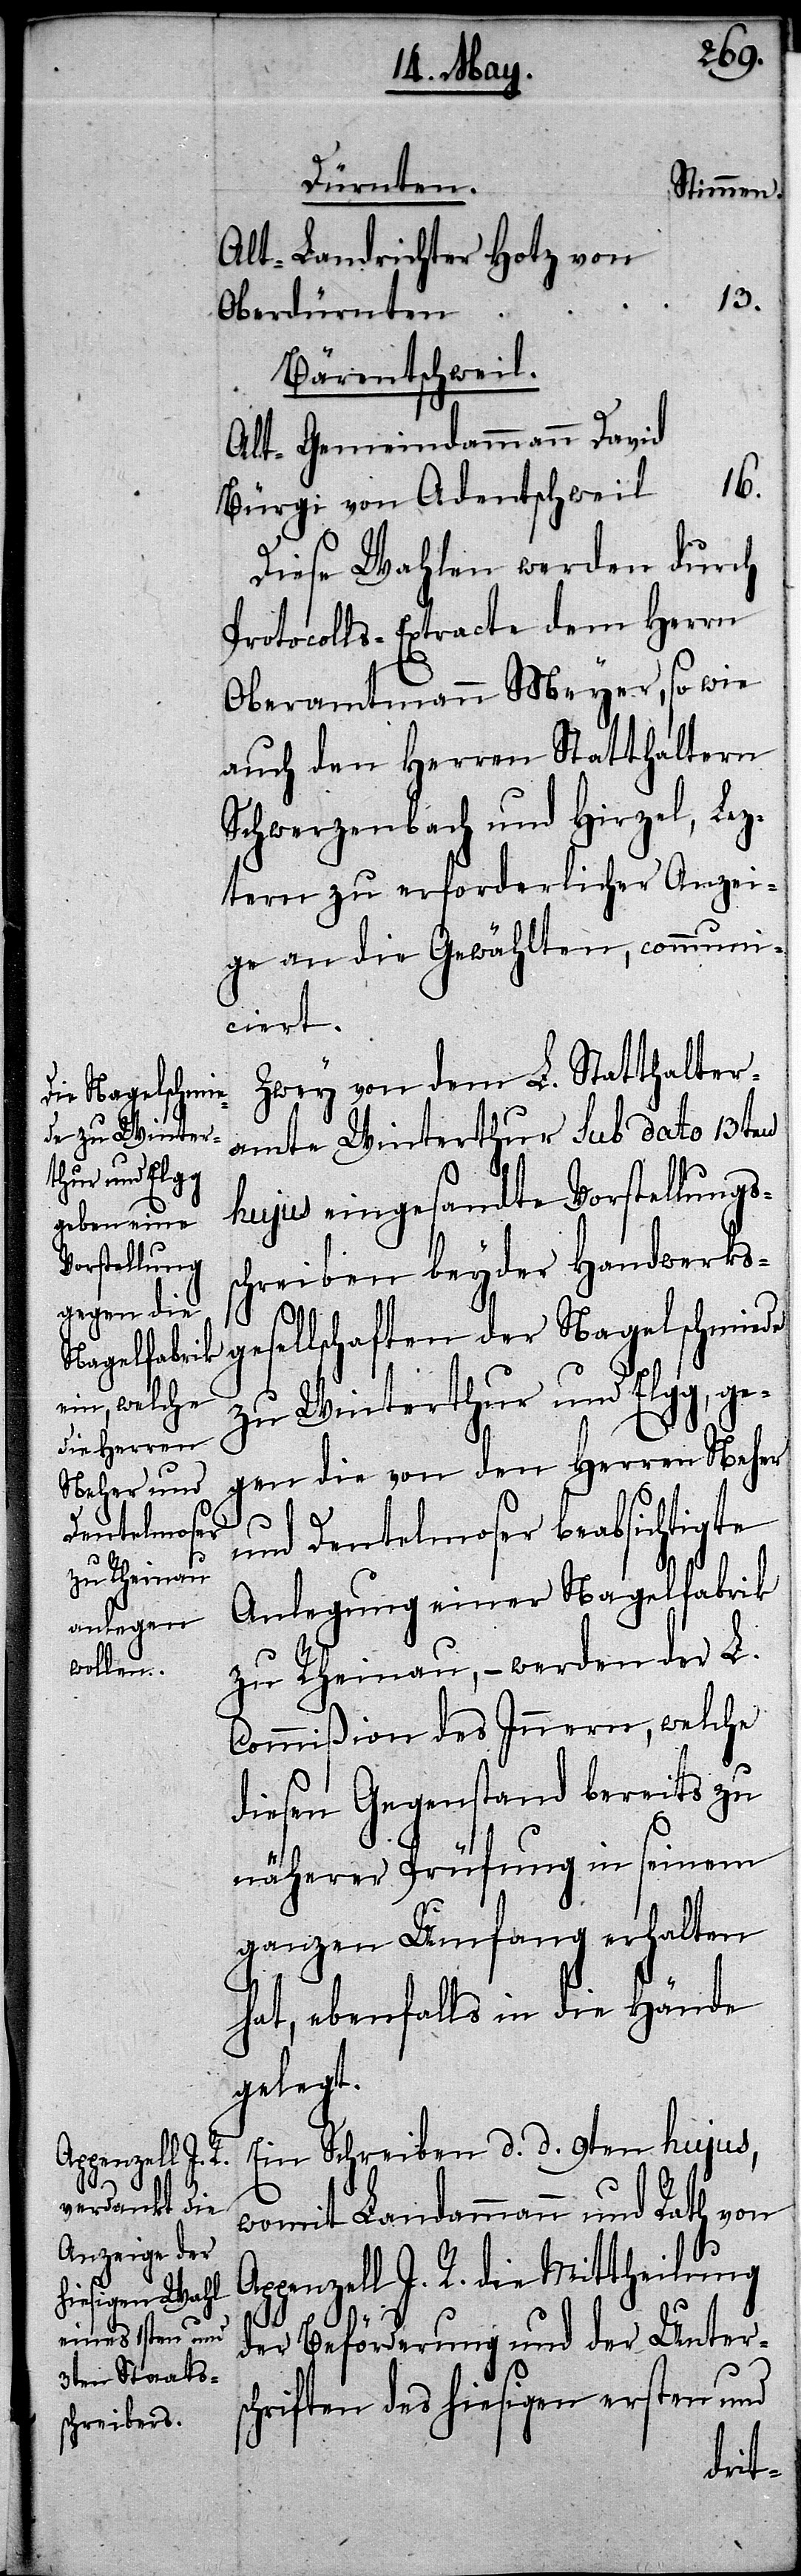
Grüningen.

Dürnten.
Stimmen.
Alt-Landrichter Hotz von
13.
Oberdürnten
Bärentschweil.
Alt-Gemeindammann David
16.
Bürgi von Adentschweil
Diese Wahlen werden durch
Protokolls-Extracte dem Herrn
Oberamtmann Meyer, so wie
auch den Herren Statthaltern
Schwerzenbach und Hirzel, Lez¬
tern zu erforderlicher Anzei¬
ge an die Gewählten, communi¬
ciert.
Zwey von dem L. Statthalter¬
amte Winterthur sub dato 1ten
hujus eingesandte Vorstellungs¬
schreiben beyder Handwerks¬
gesellschaften der Nagelschmiede
zu Winterthur und Elgg, ge¬
gen die von den Herren Neher
und Dentelmoser beabsichtigte
Anlegung einer Nagelfabrik
zu Rheinau, – werden der L.
Commißion des Innern, welche
diesen Gegenstand bereits zu
näherer Prüfung in seinem
ganzen Umfang erhalten
hat, ebenfalls in die Hände
gelegt.
Ein Schreiben d. d. 9ten hujus,
womit Landammann und Rath von
Appenzell I. R. die Mittheilung
17.
der Beförderung und der Unters¬
chriften des hiesigen ersten und